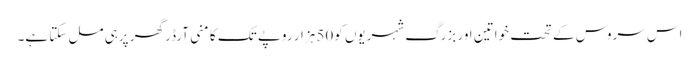
اس سروس کے تحت خواتین اور بزرگ شہریوں کو50 ہزار روپے تک کا منی آرڈر گھر پرہی مل سکتا ہے۔